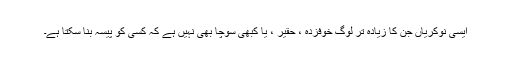
ایسی نوکریاں جن کا زیادہ تر لوگ خوفزدہ ، حقیر ، یا کبھی سوچا بھی نہیں ہے کہ کسی کو پیسہ بنا سکتا ہے۔